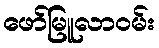
ဖော်မြူလာဝမ်း